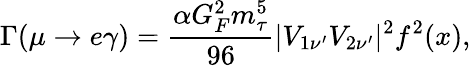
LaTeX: \mathrm{\Gamma}(\mu\to e\gamma)=\frac{\alpha G_{F}^{2}m_{\tau}^{5}}{96}|V_{1\nu^{\prime}}V_{2\nu^{\prime}}|^{2}f^{2}(x),